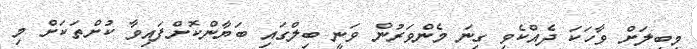
މިބިލަށް ވާހަކަ ދެއްކެވި ގިނަ މެންވަރުން ވަނީ ބިލްގައި ބަޔާންކޮށްފައިވާ ކުށްތަކަށް މި